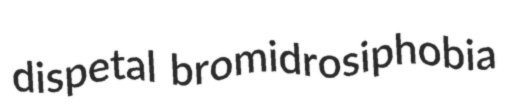
dispetal bromidrosiphobia